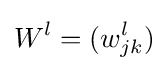
W^{l}=(w_{jk}^{l})